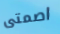
اصمتى